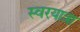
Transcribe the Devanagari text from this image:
स्वरयात्रा